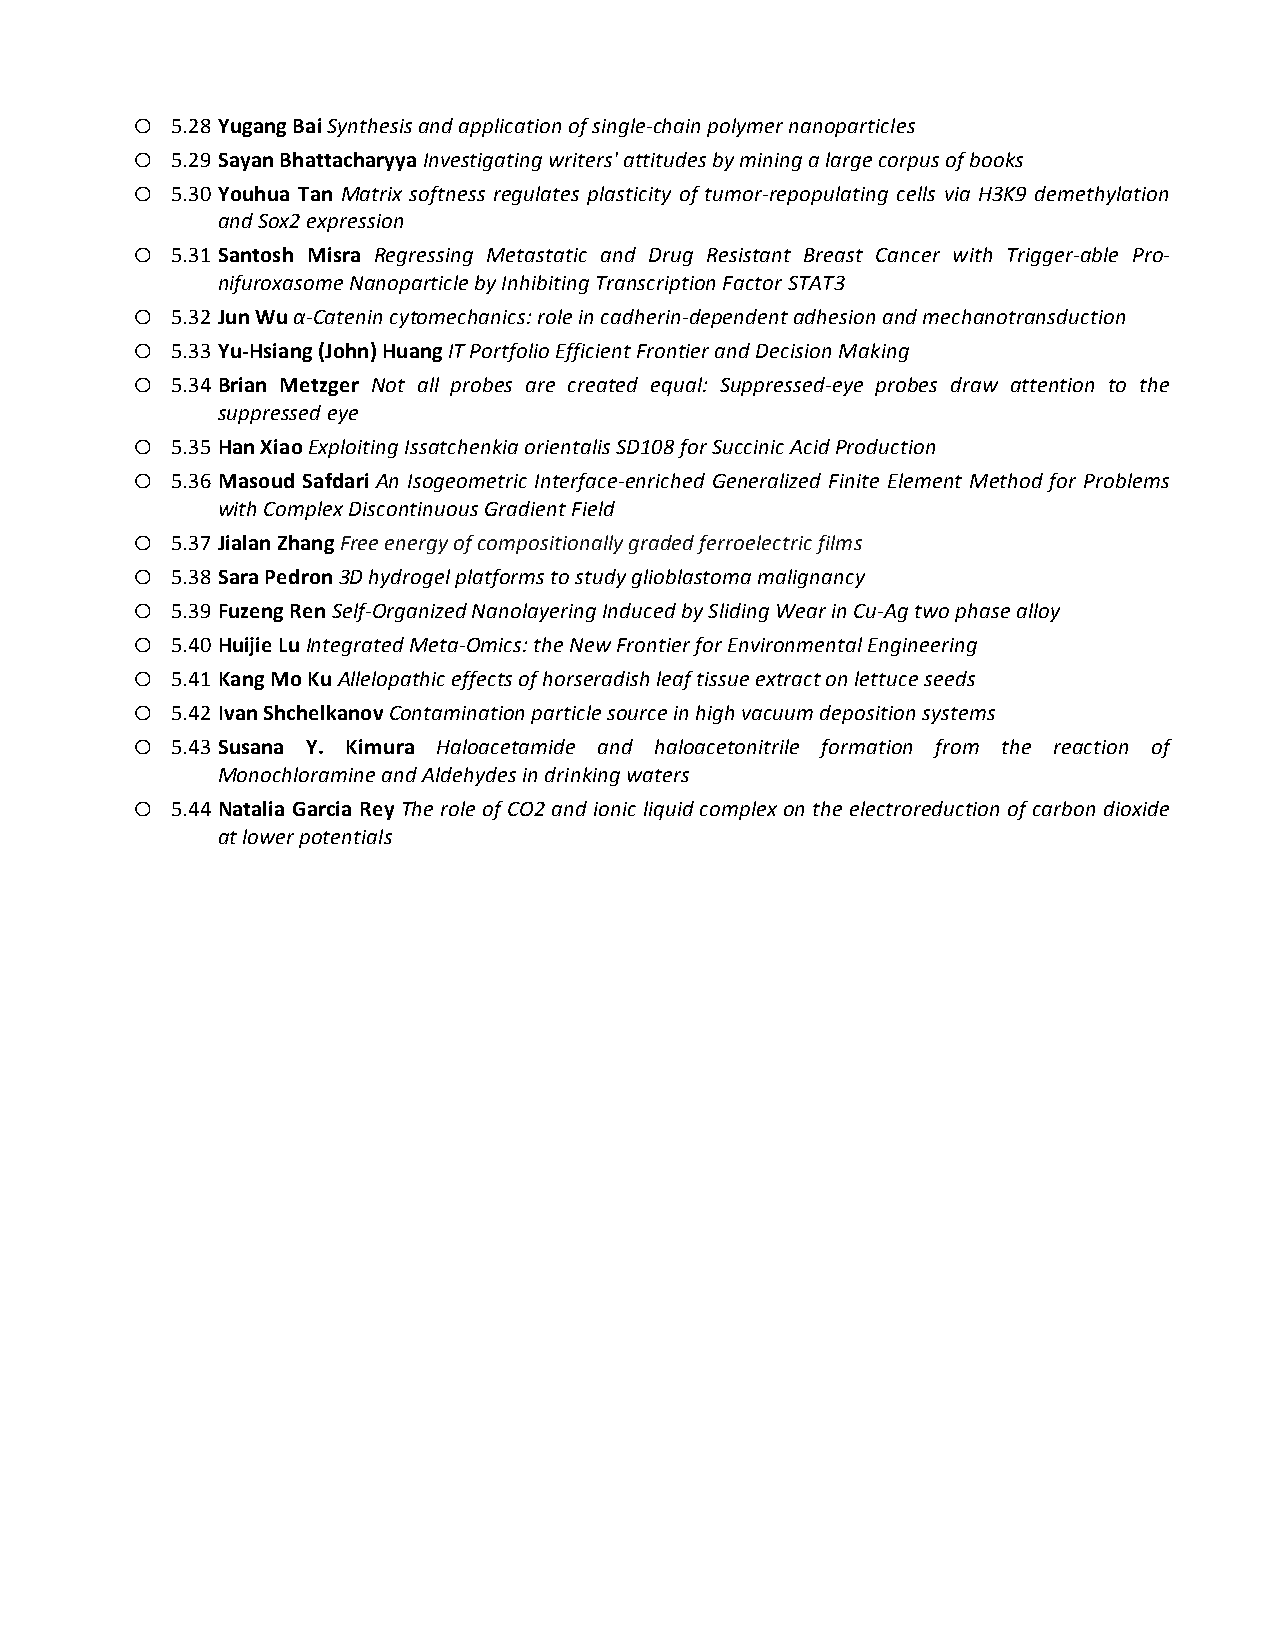
o
 5.28 Yugang Bai Synthesis and application of single-­‐chain polymer nanoparticles
 o
 5.29 Sayan Bhattacharyya Investigating writers' attitudes by mining a large corpus of books
 o
 5.30 Youhua Tan Matrix softness regulates plasticity of tumor-­‐repopulating cells via H3K9 demethylation
 and Sox2 expression
 o
 5.31 Santosh Misra Regressing Metastatic and Drug Resistant Breast Cancer with Trigger-­‐able Pro-­‐
 nifuroxasome Nanoparticle by Inhibiting Transcription Factor STAT3
 o
 5.32 Jun Wu α-­‐Catenin cytomechanics: role in cadherin-­‐dependent adhesion and mechanotransduction
 o
 5.33 Yu-­‐Hsiang (John) Huang IT Portfolio Efficient Frontier and Decision Making
 o
 5.34 Brian Metzger Not all probes are created equal: Suppressed-­‐eye probes draw attention to the
 suppressed eye
 o
 5.35 Han Xiao Exploiting Issatchenkia orientalis SD108 for Succinic Acid Production
 o
 5.36 Masoud Safdari An Isogeometric Interface-­‐enriched Generalized Finite Element Method for Problems
 with Complex Discontinuous Gradient Field
 o
 5.37 Jialan Zhang Free energy of compositionally graded ferroelectric films
 o
 5.38 Sara Pedron 3D hydrogel platforms to study glioblastoma malignancy
 o
 5.39 Fuzeng Ren Self-­‐Organized Nanolayering Induced by Sliding Wear in Cu-­‐Ag two phase alloy
 o
 5.40 Huijie Lu Integrated Meta-­‐Omics: the New Frontier for Environmental Engineering
 o
 5.41 Kang Mo Ku Allelopathic effects of horseradish leaf tissue extract on lettuce seeds
 o
 5.42 Ivan Shchelkanov Contamination particle source in high vacuum deposition systems
 o
 5.43 Susana Y. Kimura Haloacetamide and haloacetonitrile formation from the reaction of
 Monochloramine and Aldehydes in drinking waters
 o
 5.44 Natalia Garcia Rey The role of CO2 and ionic liquid complex on the electroreduction of carbon dioxide
 at lower potentials